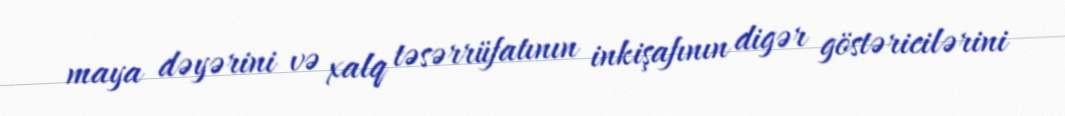
maya dəyərini və xalq təsərrüfatının inkişafının digər göstəricilərini